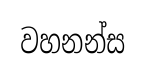
වහනන්ස